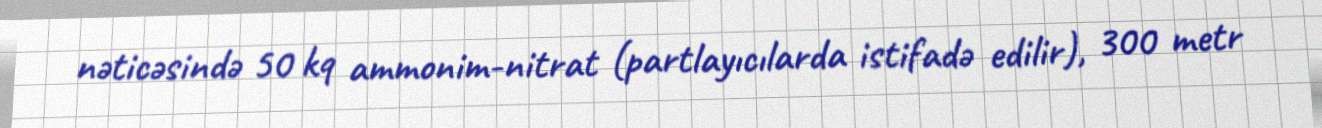
nəticəsində 50 kq ammonim-nitrat (partlayıcılarda istifadə edilir), 300 metr